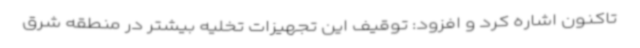
تاکنون اشاره کرد و افزود: توقیف این تجهیزات تخلیه بیشتر در منطقه شرق